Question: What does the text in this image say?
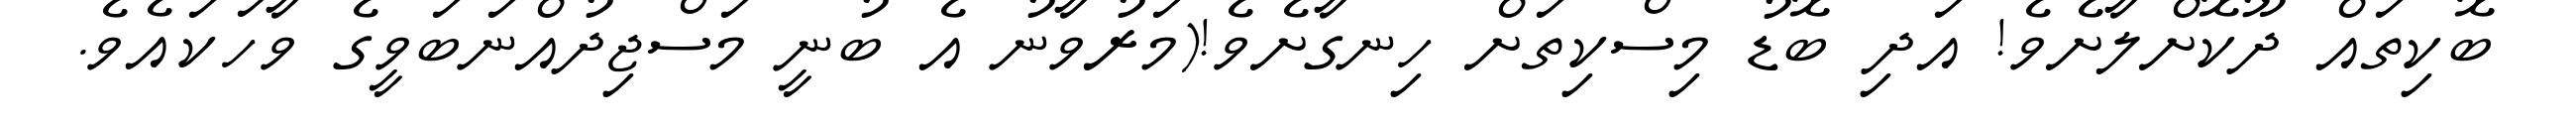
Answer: ބޮކިތައް ދޫކޮށްލާށެވެ! އަދި ބޮޑު މިސްކިތަށް ހިނގާށެވެ!(މަރުވާނު އެ ބުނީ މަސްޖިދުއްނަބަވީގެ ވާހަކައެވެ.